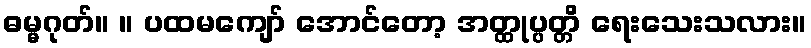
ဓမ္မဂုတ်။ ။ ပထမကျော် အောင်တော့ အတ္ထုပ္ပတ္တိ ရေးသေးသလား။